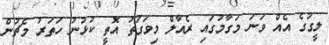
ލީގުގެ އެއް ވަނަ މަގާމުގައި ރެއާލް މިވަގުތު އޮތީ ކުޅުނު ހަތަރު މެޗުން